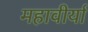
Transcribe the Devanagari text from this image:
महावीर्या